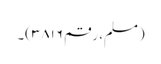
(مسلم، رقم ۳۸۱۶)۔